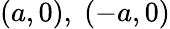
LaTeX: (a,0),\; (-a,0)